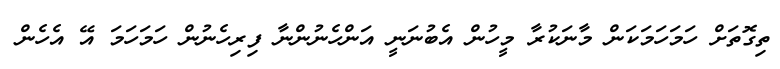
ތިގޮތަށް ހަމަހަމަކަން މާނަކުރާ މީހުން އެބުނަނީ އަންހެނުންނާ ފިރިހެނުން ހަމަހަމަ އޭ އެހެން